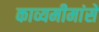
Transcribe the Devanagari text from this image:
काव्यमीमांसे